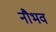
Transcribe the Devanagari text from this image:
नौभव